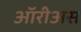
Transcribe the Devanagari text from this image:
ऑरीअस